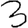
Digit: 3